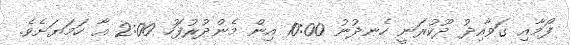
ފޯމާއި ގަވާއިދު ދޫކުރަނީ ހެނދުނު 10:00 އިން މެންދުރުފަހު 2:00 އާ ހަމަޔަށެވެ.